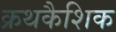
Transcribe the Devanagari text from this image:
क्रथकैशिक